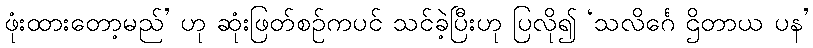
ဖုံးထားတော့မည်’ ဟု ဆုံးဖြတ်စဉ်ကပင် သင်ခဲ့ပြီးဟု ပြလို၍ ‘သလိင်္ဂေ ဌိတာယ ပန’